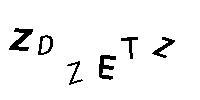
ZDZETZ